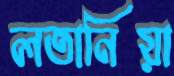
লতানিয়া